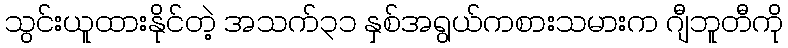
သွင်းယူထားနိုင်တဲ့ အသက်၃၁ နှစ်အရွယ်ကစားသမားက ဂျီဘူတီကို